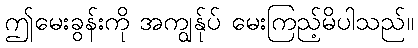
ဤမေးခွန်းကို အကျွန်ုပ် မေးကြည့်မိပါသည်။